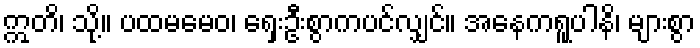
ဣတိ၊ သို့။ ပထမမေဝ၊ ရှေးဦးစွာကပင်လျှင်။ အနေကရူပါနိ၊ များစွာ